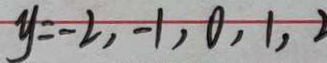
y = - 2 , - 1 , 0 , 1 ,